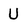
Character: U